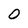
Character: 0